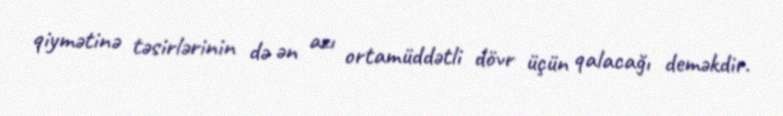
qiymətinə təsirlərinin də ən azı ortamüddətli dövr üçün qalacağı deməkdir.